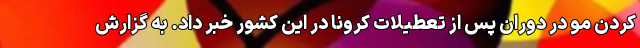
کردن مو در دوران پس از تعطیلات کرونا در این کشور خبر داد. به گزارش